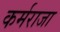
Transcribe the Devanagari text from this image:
कर्मराजा